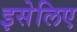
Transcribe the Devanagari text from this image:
इसेलिए